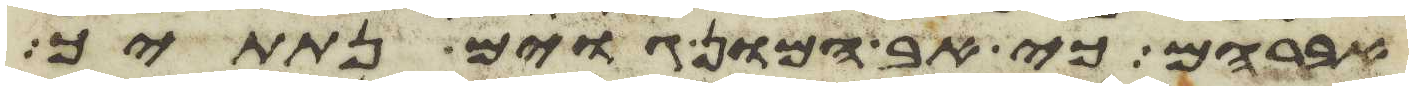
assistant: אברהם כי אב המון גוים נתתיך